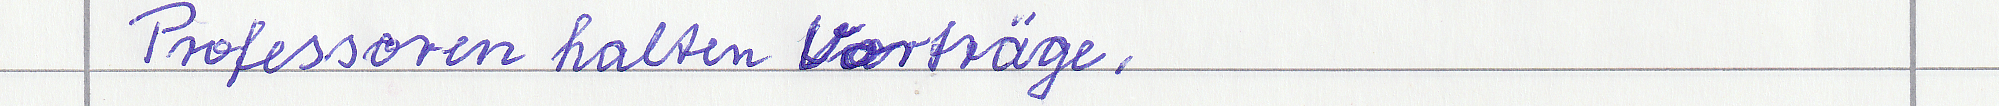
Professoren halten Vorträge.